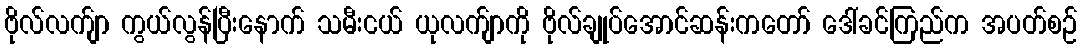
ဗိုလ်လက်ျာ ကွယ်လွန်ပြီးနောက် သမီးငယ် ယုလက်ျာကို ဗိုလ်ချုပ်အောင်ဆန်းကတော် ဒေါ်ခင်ကြည်က အပတ်စဉ်